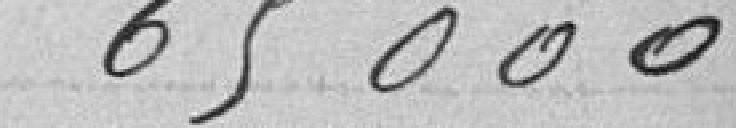
65 000